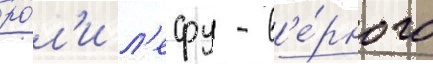
ро́л'и л'ефу - в'е́рного